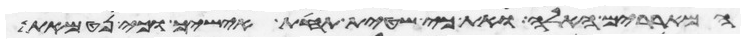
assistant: המאררים האלה ואת כי שטית תחת אישיך וכי נטמאת